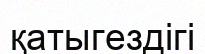
қатыгездігі